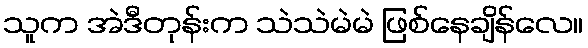
သူက အဲဒီတုန်းက သဲသဲမဲမဲ ဖြစ်နေချိန်လေ။